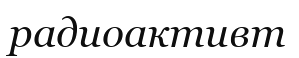
радиоактивт